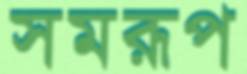
সমরূপ